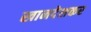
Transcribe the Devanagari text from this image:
खानदेशकर